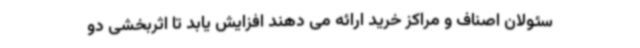
سئولان اصناف و مراکز خرید ارائه می دهند افزایش یابد تا اثربخشی دو